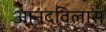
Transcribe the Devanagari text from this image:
आनंदविलास